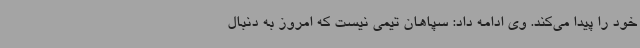
خود را پیدا می‌کند. وی ادامه داد: سپاهان تیمی نیست که امروز به دنبال